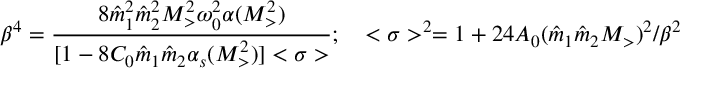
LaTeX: \beta ^ { 4 } = { \frac { 8 { \hat { m } } _ { 1 } ^ { 2 } { \hat { m } } _ { 2 } ^ { 2 } M _ { > } ^ { 2 } \omega _ { 0 } ^ { 2 } \alpha ( M _ { > } ^ { 2 } ) } { [ 1 - 8 C _ { 0 } { \hat { m } } _ { 1 } { \hat { m } } _ { 2 } \alpha _ { s } ( M _ { > } ^ { 2 } ) ] < \sigma > } } ; \quad < \sigma > ^ { 2 } = 1 + 2 4 A _ { 0 } ( { \hat { m } } _ { 1 } { \hat { m } } _ { 2 } M _ { > } ) ^ { 2 } / \beta ^ { 2 }